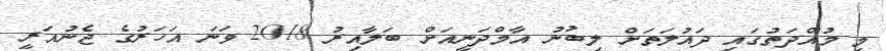
މި މުއްދަތުގައި ދައުލަތަށް ލިބުނު އާމްދަނީއަށް ބަލާއިރު 2018 ވަނަ އަހަރުގެ ޖެނުއަރީ